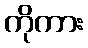
ကိုကား